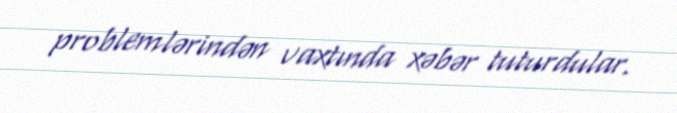
problemlərindən vaxtında xəbər tuturdular.